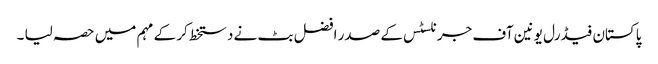
پاکستان فیڈرل یونین آف جرنلسٹس کے صدر افضل بٹ نے دستخط کر کے مہم میں حصہ لیا ۔